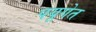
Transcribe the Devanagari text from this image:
पयूगेत